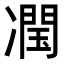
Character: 𭂣